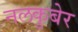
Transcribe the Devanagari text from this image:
नलकुबेर